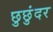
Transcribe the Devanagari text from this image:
छुछुंदर